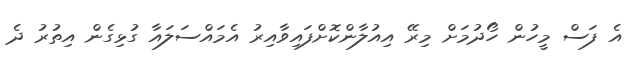
އެ ފަސް މީހުން ހޯދުމަށް މިރޭ އިއުލާންކޮށްފައިވާއިރު އެމައްސަލައާ ގުޅިގެން އިތުރު ދެ